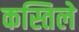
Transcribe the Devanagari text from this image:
कस्तिले